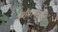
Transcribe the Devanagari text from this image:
दर्शवायच्या